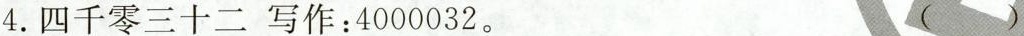
4.四千零三十二写作：4000032。 ()